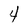
Character: 4